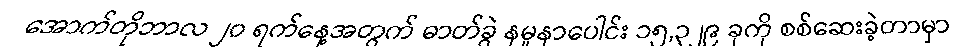
အောက်တိုဘာလ ၂၀ ရက်နေ့အတွက် ဓာတ်ခွဲ နမူနာပေါင်း ၁၅,၃၂၉ ခုကို စစ်ဆေးခဲ့တာမှာ